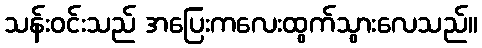
သန်းဝင်းသည် အပြေးကလေးထွက်သွားလေသည်။